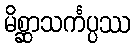
မိစ္ဆာသင်္ကပ္ပဿ